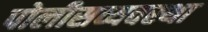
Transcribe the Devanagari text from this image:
पोलीसव्यवस्था